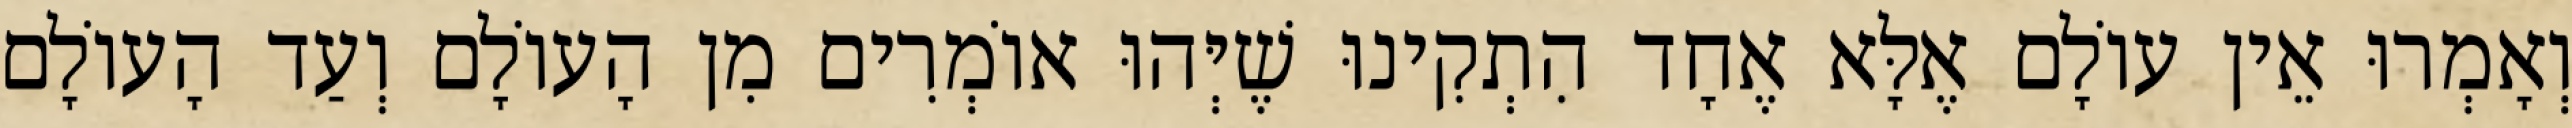
וְאָמְרוּ אֵין עוֹלָם אֶלָּא אֶחָד הִתְקִינוּ שֶׁיְּהוּ אוֹמְרִים מִן הָעוֹלָם וְעַד הָעוֹלָם